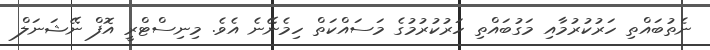
ނެތުބައްތި ހަރުކުރުމާއި މަގުބައްތި ހަރުކުރުމުގެ މަސައްކަތް ހިމެނޭނެ އެވެ. މިނިސްޓްރީ އޮފް ނޭޝަނަލް